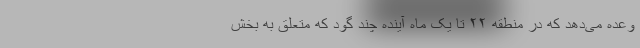
وعده می‌دهد که در منطقه ۲۲ تا یک ماه آینده چند گود که متعلق به بخش